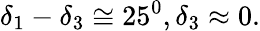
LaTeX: \delta_{1}-\delta_{3}\cong 25^{0},\delta_{3}\approx 0.